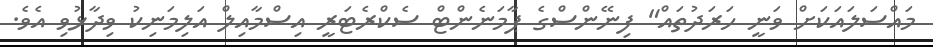
މައްސަލައަކަށް ވަނީ ހަރަދުތައް" ފިނޭންސްގެ ޕާމަނެންޓް ސެކްރެޓަރީ އިސްމާއިލް އަލިމަނިކު ވިދާޅުވި އެވެ.